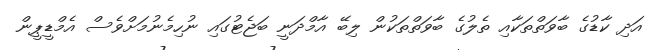
އަދި ކާޑުގެ ބާވަތްތަކާއި ތެލުގެ ބާވަތްތަކުން ލިބޭ އާމްދަނީ ބަޖެޓުގައި ނުހިމެނުމަށްވެސް އެމްޑީޕީން